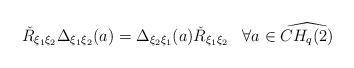
LaTeX: \begin{align*}\check{R}_{\xi_1 \xi_2} \Delta_{\xi_1 \xi_2}(a) = \Delta_{\xi_2\xi_1}(a) {\check R}_{\xi_1 \xi_2} \;\;\; \forall a \in \widehat{CH_q(2)}\end{align*}